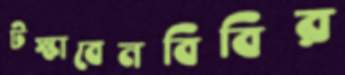
টস্‌কাবেনবিবির